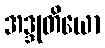
အဒ္ဒုတိယော